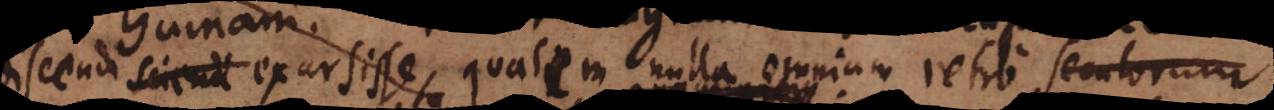
sciendi exursisse, qualem nulla omnium retro temporum